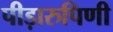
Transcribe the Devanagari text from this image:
पीड़ारुपिणी